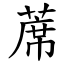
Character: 蓆